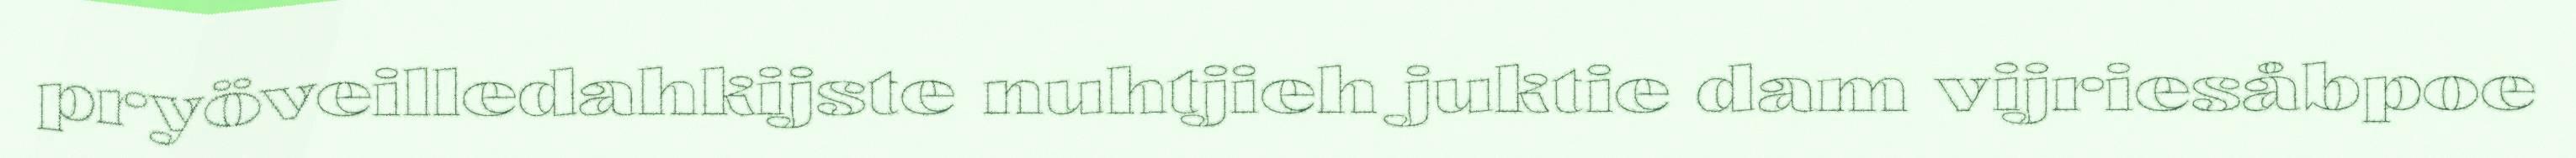
pryöveilledahkijste nuhtjieh juktie dam vijriesåbpoe